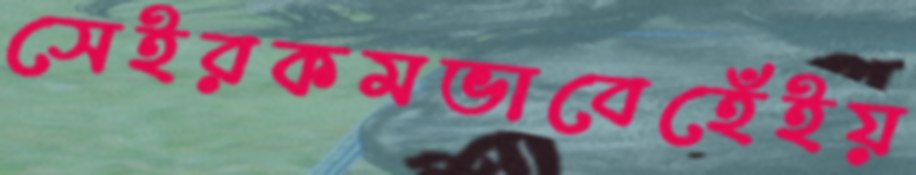
সেইরকমভাবেহেঁইয়